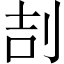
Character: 㓤